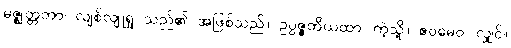
မဇ္ဈတ္တတာ၊ လျစ်လျူရှု သည်၏ အဖြစ်သည်။ ဥပ္ပဇ္ဇတိယထာ၊ ကဲ့သို့။ ဧဝမေဝ၊ လျှင်။